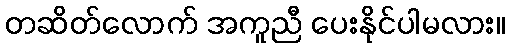
တဆိတ်လောက် အကူညီ ပေးနိုင်ပါမလား။